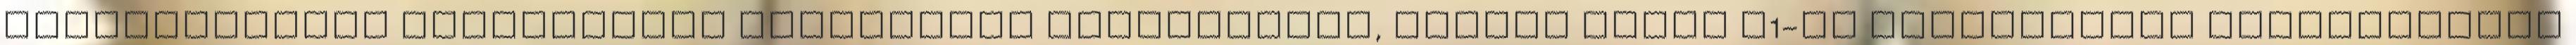
jelentkezőket bejelentett főállásban alkalmazzuk, akiket aztán A1-es engedéllyel németországi